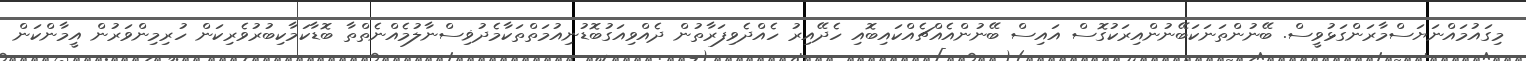
މިގައުމައްނަޔަސްމާރަންގަޅުވީސް. ބޭނުންތަނަކަބޭނުންއިރަކުގޮސް އައިސް ބޭނުންއެއްޗެއްކައިބޮއި ހެދޭއިރު ހެއްދެވިފަރާތުން ދެއްވިއަގުބޮޑުނިއުމަތްތަކާމެދުޥިސްނާލުމެއްނެތްތާ ބޮޑާކަމާކިބުރުވެރިކަން ހުރިމިންވަރުން އީމާންކަން